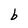
Character: b